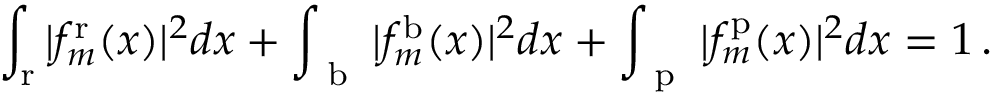
\int _ { \mathrm { r } } | f _ { m } ^ { \mathrm { r } } ( x ) | ^ { 2 } d x + \int _ { \mathrm { ~ b ~ } } | f _ { m } ^ { \mathrm { b } } ( x ) | ^ { 2 } d x + \int _ { \mathrm { ~ p ~ } } | f _ { m } ^ { \mathrm { p } } ( x ) | ^ { 2 } d x = 1 \, .